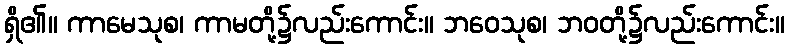
ရှိ၏။ ကာမေသုစ၊ ကာမတို့၌လည်းကောင်း။ ဘဝေသုစ၊ ဘဝတို့၌လည်းကောင်း။